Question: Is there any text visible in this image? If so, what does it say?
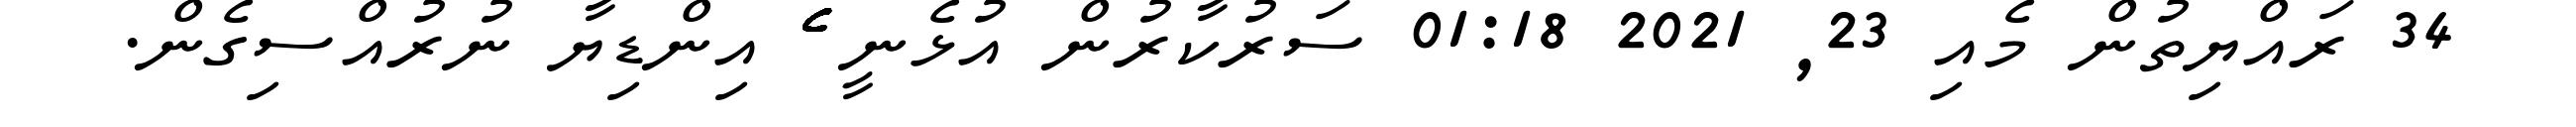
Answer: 34 ރައްޔިތުން މެއި 23, 2021 01:18 ސަރުކާރުން އުޅެނީ ެެެެެެެެެެެެެެެެެެެެެެެެެެެެެެެެެެެެެެެެެެެެެެެެެެެެެެެެެެެެެެެ އިންޑިޔާ ނުރުއްސިގެން.